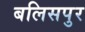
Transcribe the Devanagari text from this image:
बलिसपुर